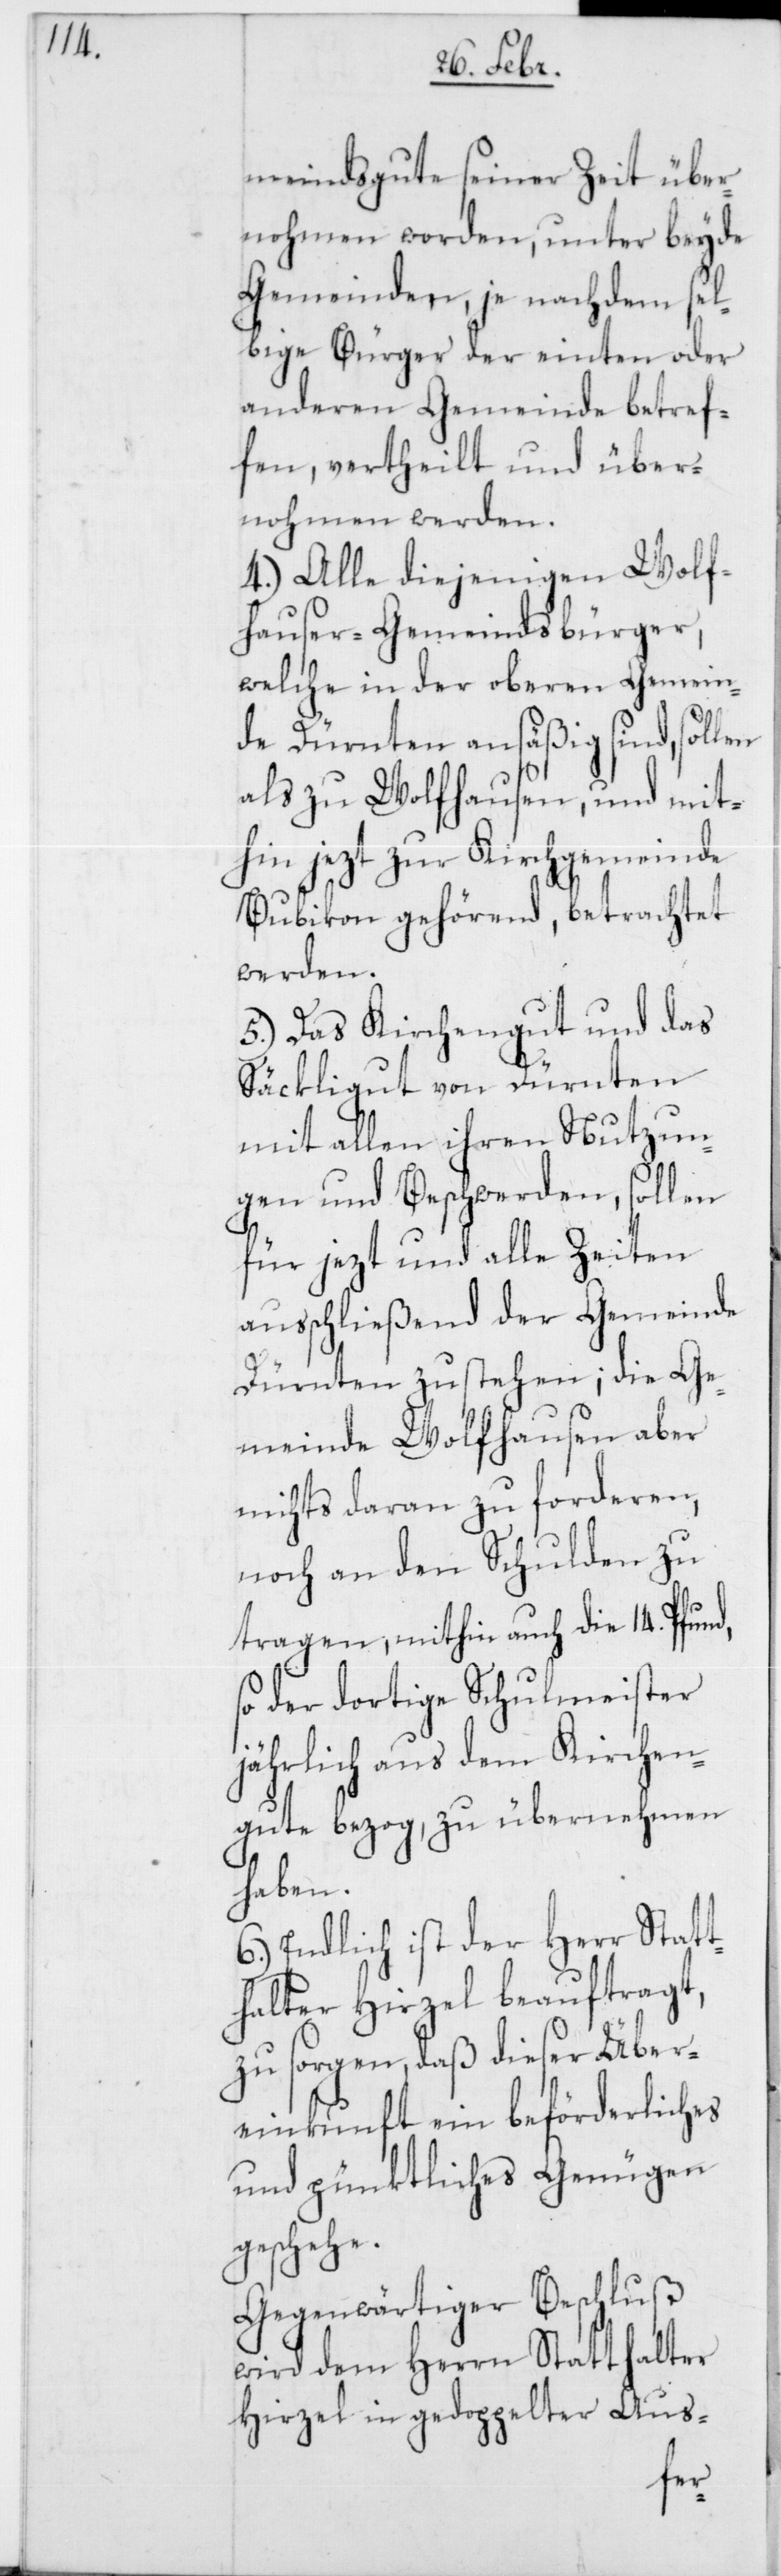
meindsgute seiner Zeit über¬
nohmen worden, unter beyde
Gemeinden, je nachdem sel¬
bige Bürger der einten oder
anderen Gemeinde betref¬
fen, vertheilt und über¬
nohmen werden.
4.) Alle diejenigen Wolf¬
hauser-Gemeindsbürger,
welche in der oberen Gemein¬
de Dürnten ansäßig sind, sollen
als zu Wolfhausen, und mit¬
hin jezt zur Kirchgemeinde
Bubikon gehörend, betrachtet
werden.
5.) Das Kirchengut und das
Säckligut von Dürnten
mit allen ihren Nutzun¬
gen und Beschwerden, sollen
für jezt und alle Zeiten
ausschließend der Gemeinde
Dürnten zustehen; die Ge¬
meinde Wolfhausen aber
nichts daran zu forderen,
noch an den Schulden zu
tragen, mithin auch die 14. Pfund,
so der dortige Schulmeister
jährlich aus dem Kirchen¬
gute bezog, zu übernehmen
haben.
6.) Endlich ist der Herr Statt¬
halter Hirzel beauftragt
zu sorgen, daß dieser Über¬
einkunft ein beförderliches
und pünktliches Genügen
geschehe.
Gegenwärtiger Beschluß
wird dem Herren Statthalter
Hirzel in gedoppelter Aus-